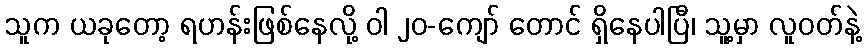
သူက ယခုတော့ ရဟန်းဖြစ်နေလို့ ဝါ ၂၀-ကျော် တောင် ရှိနေပါပြီ၊ သူ့မှာ လူဝတ်နဲ့